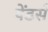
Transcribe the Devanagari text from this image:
पेंडर्स